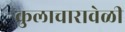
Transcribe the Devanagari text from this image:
कुलाचारावेळी